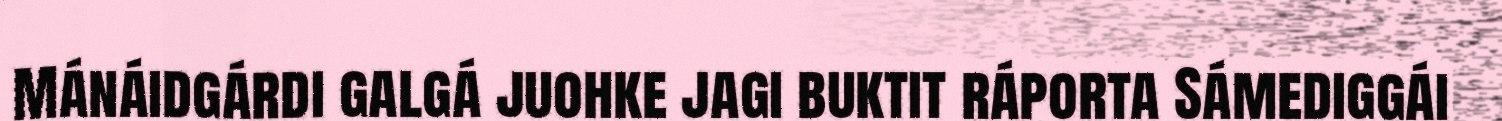
Mánáidgárdi galgá juohke jagi buktit ráporta Sámediggái